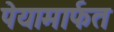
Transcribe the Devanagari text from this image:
पेयामार्फत